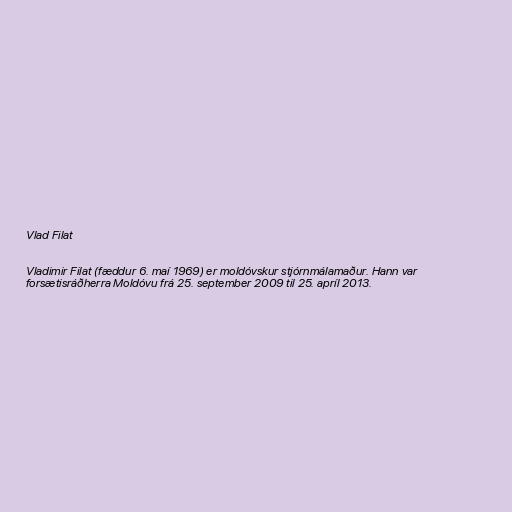
Vlad Filat

Vladimir Filat (fæddur 6. maí 1969) er moldóvskur stjórnmálamaður. Hann var
forsætisráðherra Moldóvu frá 25. september 2009 til 25. apríl 2013.